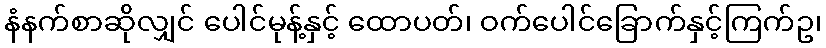
နံနက်စာဆိုလျှင် ပေါင်မုန့်နှင့် ထောပတ်၊ ဝက်ပေါင်ခြောက်နှင့်ကြက်ဥ၊